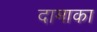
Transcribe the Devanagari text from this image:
दामाका